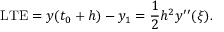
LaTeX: \mathrm { L T E } = y ( t _ { 0 } + h ) - y _ { 1 } = { \frac { 1 } { 2 } } h ^ { 2 } y ^ { \prime \prime } ( \xi ) .